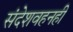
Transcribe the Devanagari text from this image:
संदेशवहनही